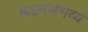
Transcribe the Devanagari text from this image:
लक्ष्मणभव्य